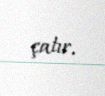
çatır.